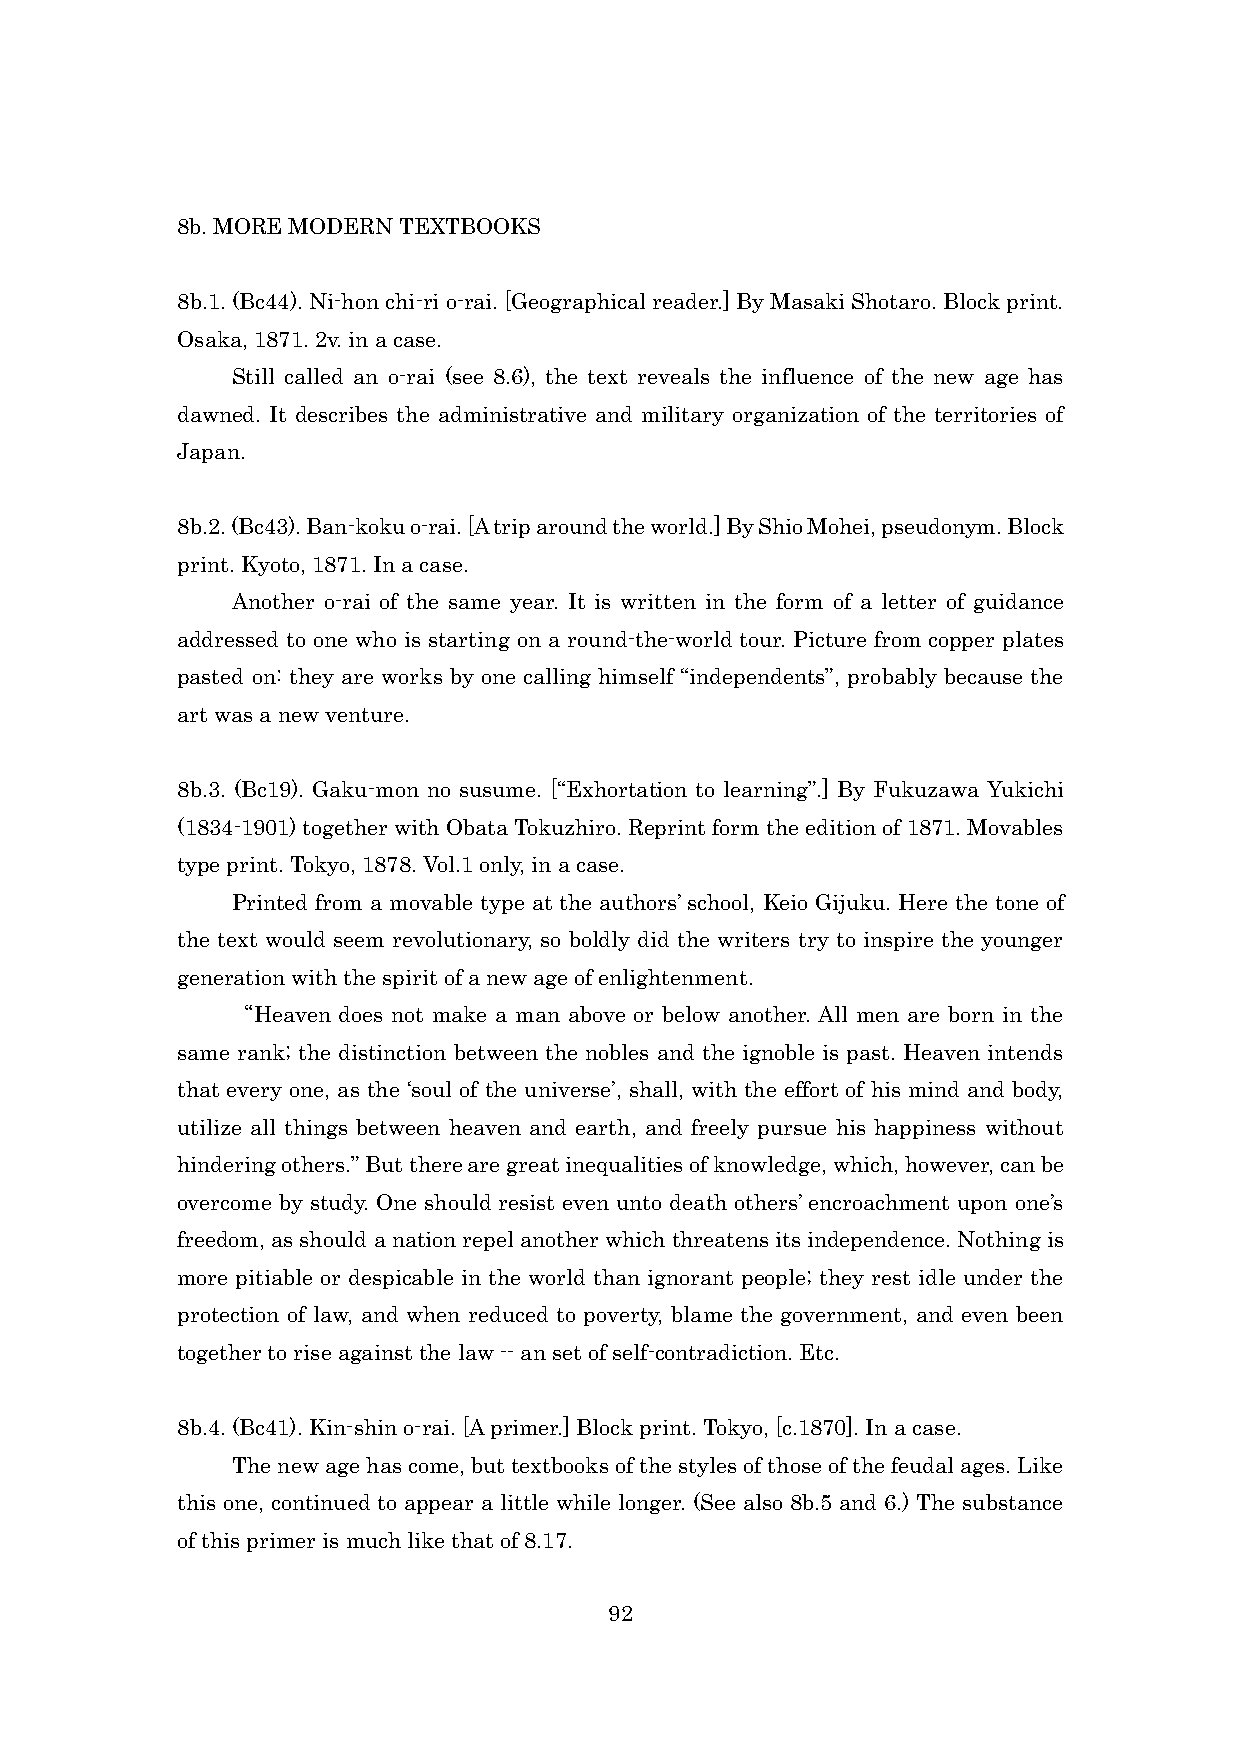
8b. MORE MODERN TEXTBOOKS
 8b.1. (Bc44). Ni-hon chi-ri o-rai. [Geographical reader.] By Masaki Shotaro. Block print.
 Osaka, 1871. 2v. in a case.
 Still called an o-rai (see 8.6), the text reveals the influence of the new age has
 dawned. It describes the administrative and military organization of the territories of
 Japan.
 8b.2. (Bc43). Ban-koku o-rai. [A trip around the world.] By Shio Mohei, pseudonym. Block
 print. Kyoto, 1871. In a case.
 Another o-rai of the same year. It is written in the form of a letter of guidance
 addressed to one who is starting on a round-the-world tour. Picture from copper plates
 pasted on: they are works by one calling himself “independents”, probably because the
 art was a new venture.
 8b.3. (Bc19). Gaku-mon no susume. [“Exhortation to learning”.] By Fukuzawa Yukichi
 (1834-1901) together with Obata Tokuzhiro. Reprint form the edition of 1871. Movables
 type print. Tokyo, 1878. Vol.1 only, in a case.
 Printed from a movable type at the authors’ school, Keio Gijuku. Here the tone of
 the text would seem revolutionary, so boldly did the writers try to inspire the younger
 generation with the spirit of a new age of enlightenment.
 “Heaven does not make a man above or below another. All men are born in the
 same rank; the distinction between the nobles and the ignoble is past. Heaven intends
 that every one, as the ‘soul of the universe’, shall, with the effort of his mind and body,
 utilize all things between heaven and earth, and freely pursue his happiness without
 hindering others.” But there are great inequalities of knowledge, which, however, can be
 overcome by study. One should resist even unto death others’ encroachment upon one’s
 freedom, as should a nation repel another which threatens its independence. Nothing is
 more pitiable or despicable in the world than ignorant people; they rest idle under the
 protection of law, and when reduced to poverty, blame the government, and even been
 together to rise against the law -- an set of self-contradiction. Etc.
 8b.4. (Bc41). Kin-shin o-rai. [A primer.] Block print. Tokyo, [c.1870]. In a case.
 The new age has come, but textbooks of the styles of those of the feudal ages. Like
 this one, continued to appear a little while longer. (See also 8b.5 and 6.) The substance
 of this primer is much like that of 8.17.
 92